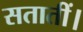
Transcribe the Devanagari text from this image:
सतातीं।